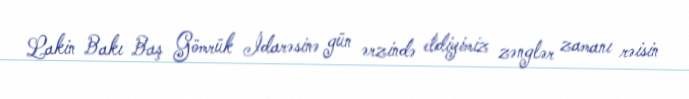
Lakin Bakı Baş Gömrük İdarəsinə gün ərzində etdiyimiz zənglər zamanı rəisin